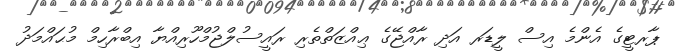
ޕާރޓީގެ އެންމެ އިސް ލީޑަރ އަދި ރާއްޖޭގެ ޢިއްޒަތްތެރި ރައީސުލްޖުމްހޫރިއްޔާ އިބްރާހިމް މުޙައްމަދު